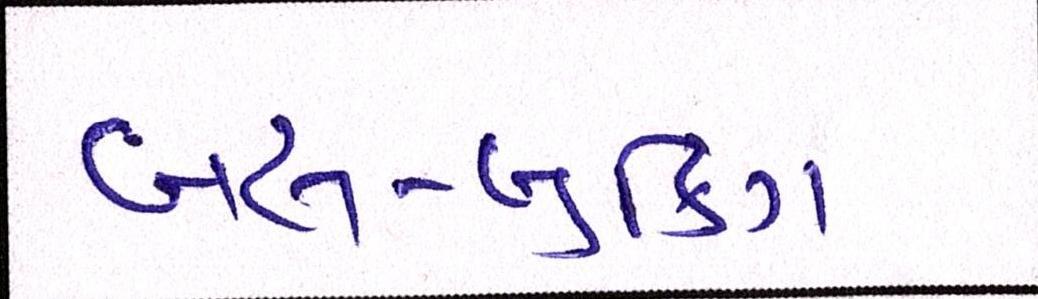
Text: બસ-બુકિંગ